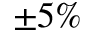
\pm 5 \%